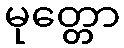
မုတ္တော